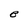
Character: B